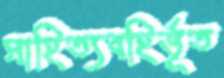
সাহিত্যবহির্ভূত